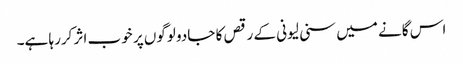
اس گانے میں سنی لیونی کے رقص کا جادو لوگوں پر خوب اثر کررہا ہے۔